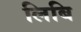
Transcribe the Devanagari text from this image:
लिबि